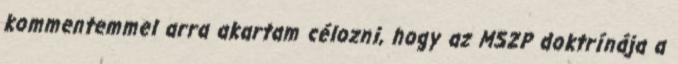
kommentemmel arra akartam célozni, hogy az MSZP doktrínája a